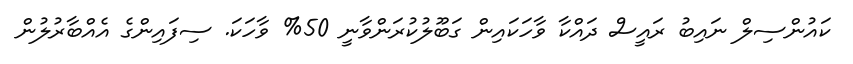
ކައުންސިލް ނައިބު ރައީސް ދައްކާ ވާހަކައިން ގަބޫލުކުރަންވާނީ 50% ވާހަކަ. ސިފައިންގެ އެއްބާރުލުން